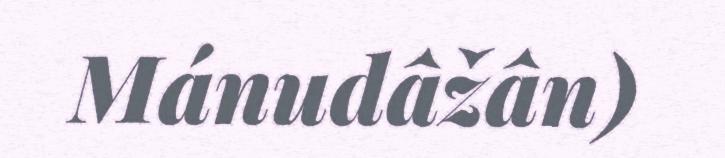
Mánudâžân)